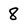
Character: 8